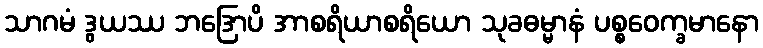
သာဂမံ ဒွယဿ ဘဒြောပိ အာစရိယာစရိယော သုခဓမ္မာနံ ပစ္စဝေက္ခမာနော